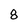
Character: 8